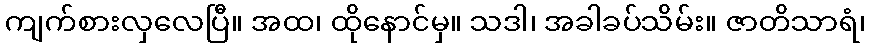
ကျက်စားလှလေပြီ။ အထ၊ ထိုနောင်မှ။ သဒါ၊ အခါခပ်သိမ်း။ ဇာတိသာရံ၊